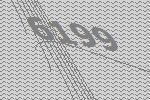
6199